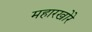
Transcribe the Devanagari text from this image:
महारखोरे